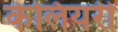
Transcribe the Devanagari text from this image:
केलियरी